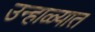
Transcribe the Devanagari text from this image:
उन्‍हाळ्यात